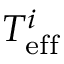
T _ { \mathrm { e f f } } ^ { i }